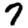
Digit: 7